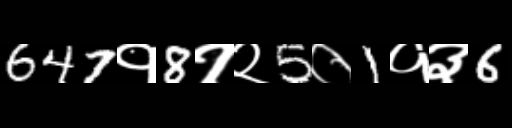
Text: 647१8१२5०1१३6